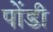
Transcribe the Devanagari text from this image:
पोंडी